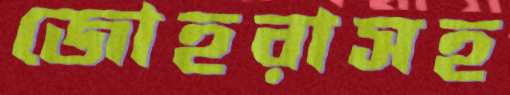
জোহরাসহ